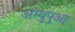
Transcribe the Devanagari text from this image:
अम्बुपुआ